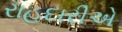
રાહદારીએ